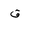
Letter: _qaf